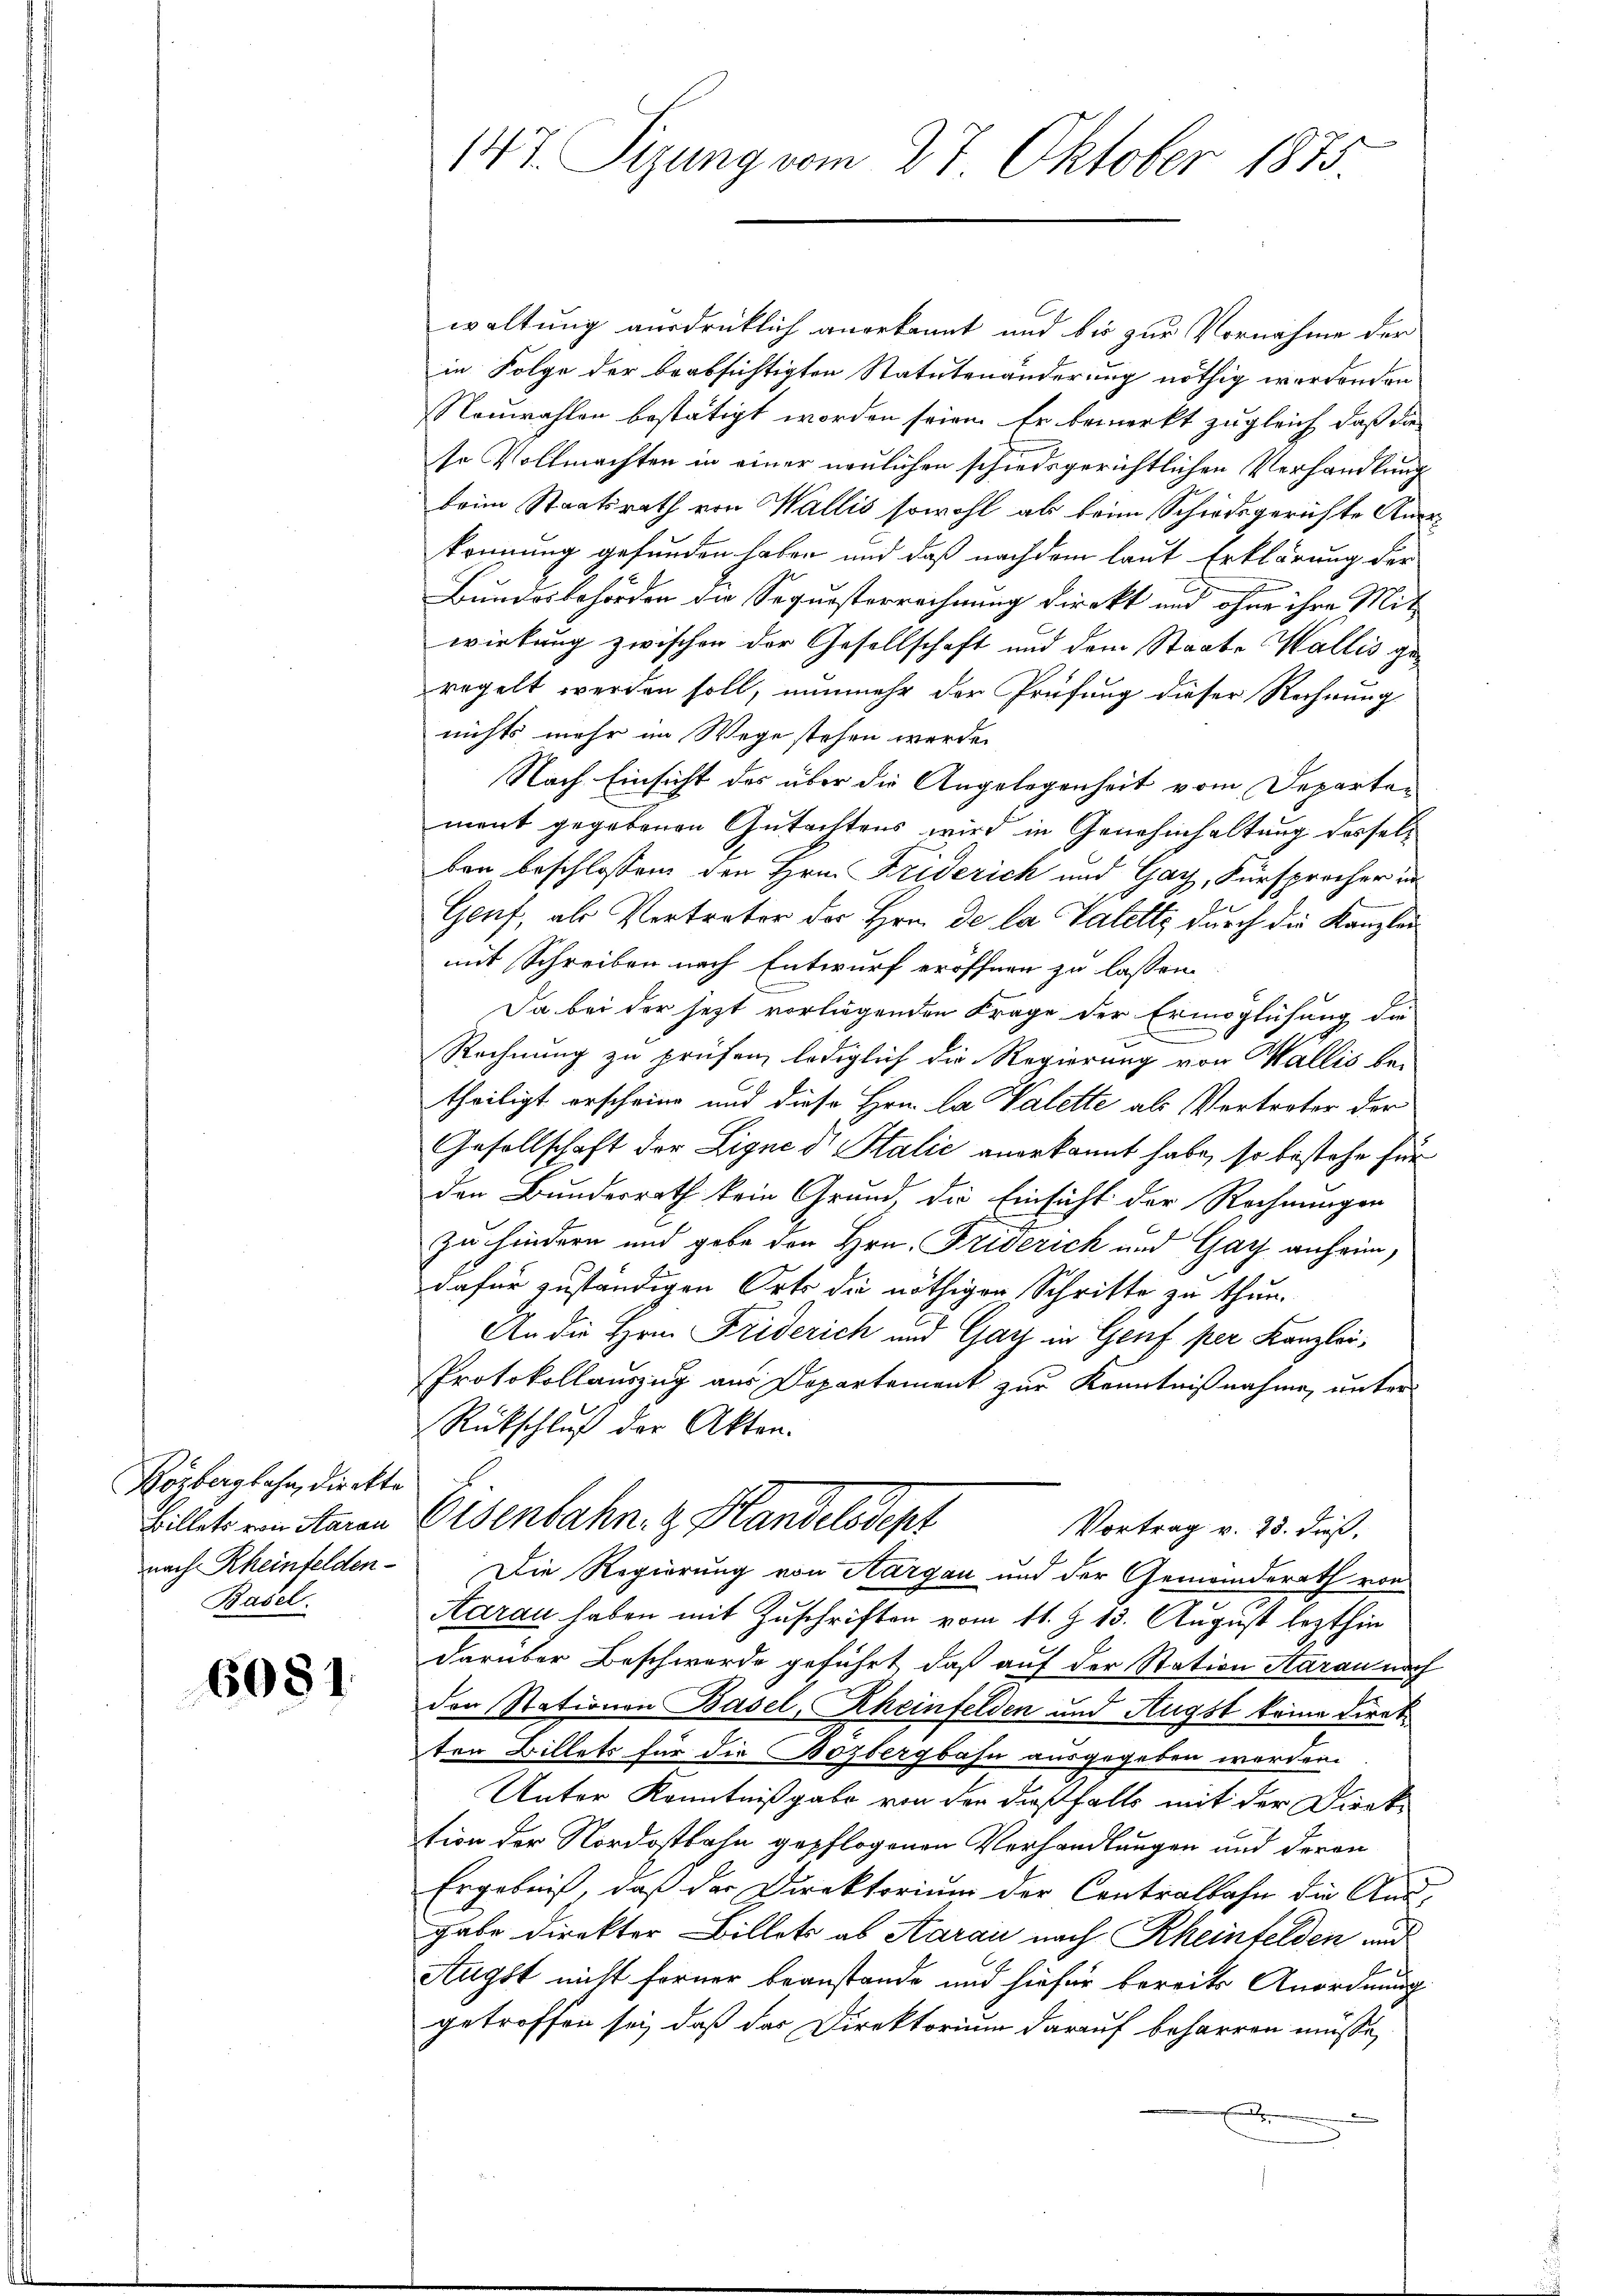
Kozbergbahn, direkto
nach Rheinfelden.
Basel.

6081.

147. Sizung vom 27. Oktober 1875

waltung ausdrücklich anerkannt und bis zur Vornahme der
in Folge der beabsichtigten Statutenänderung nöthig wordenden
NNeuwahlen bestätigt worden seien. Er bemerkt zugleich, daß die
so Vollmachten in einer neulichen schiedsgerichtlichen Verhandlung
beim Staatsrath von Wallis sowohl als beim Schiedsgerichte Angekennung gefunden haben und daß nachdem laut Erklärung der
Bundesbehörden die Sequesterrechnung direkt und ohne ihre Mit
wirkung zwischen der Gesellschaft und dem Staate Wallis geregelt werden soll, nunmehr der Prüfung dieser Rechnung
nichts mehr im Wege stehen werde.
Nach Einsicht des über die Angelegenheit vom Departement gegebenen Gutachtens wird in Genehmhaltung desselben beschlossen den Hrn. Friderich und Gay, Fürsprecher in
Geuf, als Vertreter der Hrn. De la Valette durch die Kanzlei
mit Schreiben nach Entwurf eröffnen zu lassen.
Da bei der jezt vorliegenden Frage der Ermöglichung die
Rechnung zu prüfen, lediglich die Regierung von Wallis be-
theiligt erscheine und diese Hrn. La Valette als Vertreter der
Gesellschaft der Ligne dr. Stalić angekannt habe, so bestehe für
den Bundesrath kein Grund, die Einsicht der Rechnungen
zu hindern und gebe den Hrn. Friserich und Gay anheim,
dafür zuständigen Orts die nöthiger Schritte zu thun.
An die Herr Friderich und Gar in Genf per Kanzlei-
Protokollauszug aus Departement zur Kenntnißnahme, unter¬
Rückschluß der Akten.
Billet von Staren Eisenbahn. v. Plan diese
Vortrag v. 25. dieß,
Die Regierung von Aargau und der Gemeinderath von
Aarau haben mit Zuschriften vom 11. Z. 13. August lezthin
darüber Beschwerde geführt, daß auf der Station Aarau noch
den Stationen Basel, Rheinfelden und Augst keine Direkten Billets für die Bozbergbahn ausgegeben worden.
Unter Kenntnißgabe von der dießfalls mit der Direktion der Nordostbahn gepflogenen Verhandlungen und deren
Ergebniß, daß der Direktorium der Contralbahn die And
gabe direkter Billets ab Aarau nach Rheinfelden und
Augst nicht ferner beanstande und hiefür bereits Anordnung
getroffen sei, daß das Direktorium darauf beharren müsse,